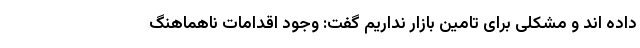
داده اند و مشکلی برای تامین بازار نداریم گفت: وجود اقدامات ناهماهنگ